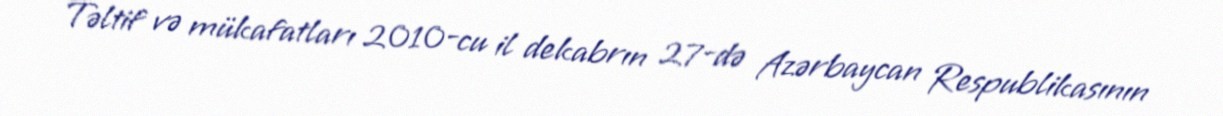
Təltif və mükafatları 2010-cu il dekabrın 27-də Azərbaycan Respublikasının